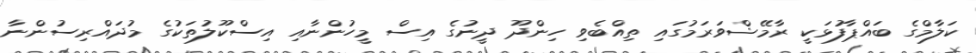
ކަލާމްގެ ބައްޕާފުޅަކީ ރާމޭޝްވަރަމުގައި ތިއްބެވި ހިންދޫ ދީނުގެ އިސް މީހުންނާއި އިސްކޫލުތަކުގެ މުދައްރިސުންނާ